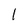
Character: l